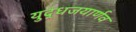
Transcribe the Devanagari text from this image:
युद्धजयार्णव